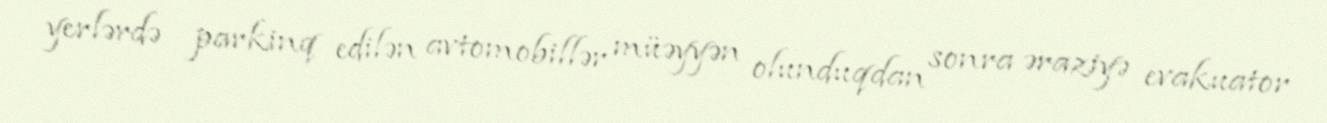
yerlərdə parkinq edilən avtomobillər müəyyən olunduqdan sonra əraziyə evakuator